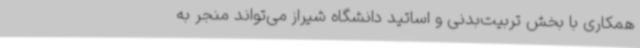
همکاری با بخش تربیت‌بدنی و اساتید دانشگاه شیراز می‌تواند منجر به